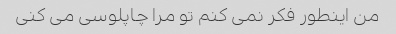
من اینطور فکر نمی کنم تو مرا چاپلوسی می کنی